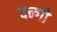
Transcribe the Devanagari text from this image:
दन्गो